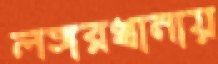
লঙ্গরখানায়